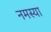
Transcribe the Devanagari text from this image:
नमस्या